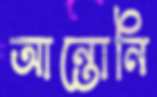
আন্তোনি